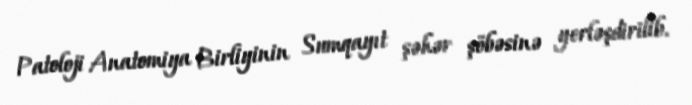
Patoloji Anatomiya Birliyinin Sumqayıt şəhər şöbəsinə yerləşdirilib.